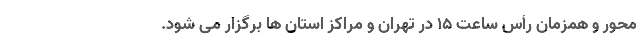
محور و همزمان رأس ساعت ۱۵ در تهران و مراکز استان ها برگزار می شود.